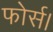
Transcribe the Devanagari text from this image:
फोर्स।